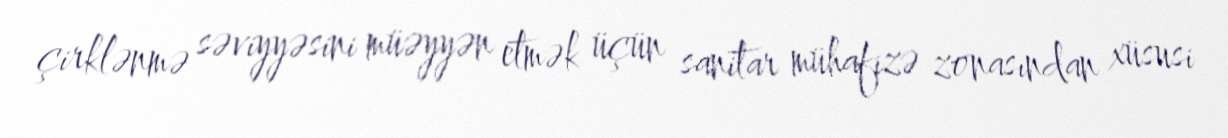
çirklənmə səviyyəsini müəyyən etmək üçün sanitar mühafizə zonasından xüsusi